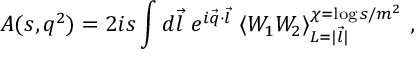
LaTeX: A ( s , q ^ { 2 } ) = 2 i s \int d \vec { l } \ e ^ { i \vec { q } \cdot \vec { l } } \ \langle W _ { 1 } W _ { 2 } \rangle _ { L = | \vec { l } | } ^ { \chi = \log s / m ^ { 2 } } \ ,